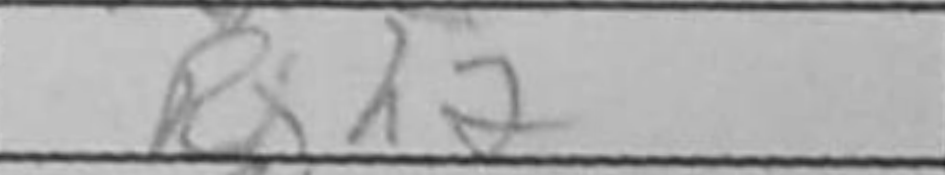
Transcription: Rxh2